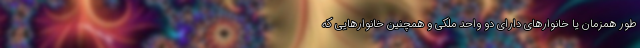
طور همزمان یا خانوارهای دارای دو واحد ملکی و همچنین خانوارهایی که